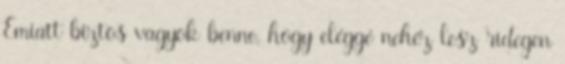
Emiatt biztos vagyok benne, hogy eléggé nehéz lesz ridegen